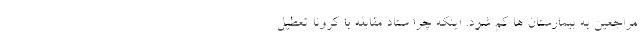
مراجعین به بیمارستان ها کم شود. اینکه چرا ستاد مقابله با کرونا تعطیل